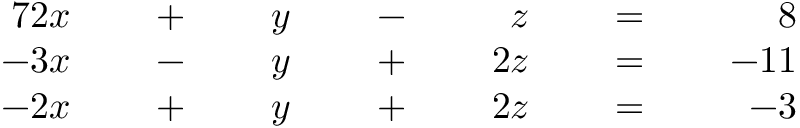
{ \begin{array} { r l r l r l r l r l r l r } { { 7 } 2 x } & { } & { \; + \; } & { } & { y } & { } & { \; - \; } & { } & { z } & { } & { \; = \; } & { } & { 8 } \\ { - 3 x } & { } & { \; - \; } & { } & { y } & { } & { \; + \; } & { } & { 2 z } & { } & { \; = \; } & { } & { - 1 1 } \\ { - 2 x } & { } & { \; + \; } & { } & { y } & { } & { \; + \; } & { } & { 2 z } & { } & { \; = \; } & { } & { - 3 } \end{array} }